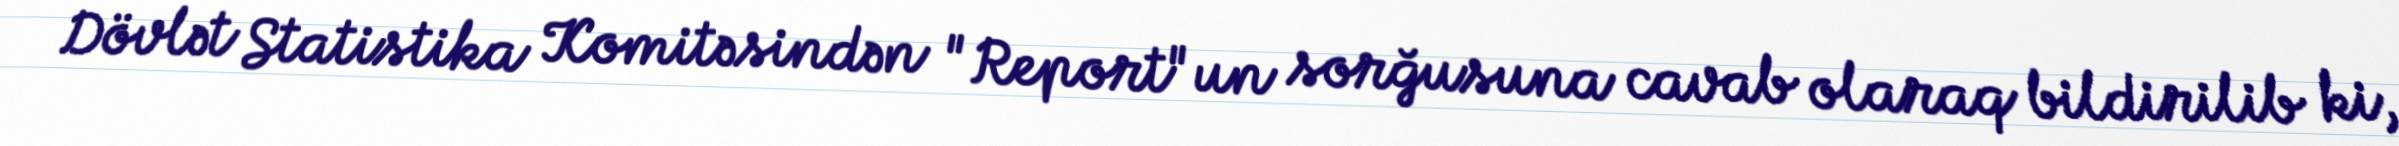
Dövlət Statistika Komitəsindən "Report"un sorğusuna cavab olaraq bildirilib ki,